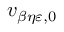
v _ { \beta \eta \varepsilon , 0 }